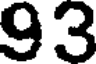
93